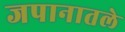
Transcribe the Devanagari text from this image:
जपानातले